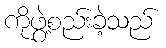
ကိုဖွဲ့စည်းခဲ့သည်